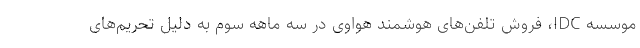
موسسه IDC، فروش تلفن‌های هوشمند هواوی در سه ماهه سوم به دلیل تحریم‌های